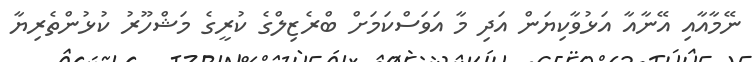
ނޭމާއާއި އޭނާއާ އަޅުވާކިޔަން އަދި މާ އަވަސްކަމަށް ބްރެޒިލްގެ ކުރީގެ މަޝްހޫރު ކުޅުންތެރިޔާ